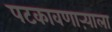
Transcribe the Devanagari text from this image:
पटकावणाऱ्याला